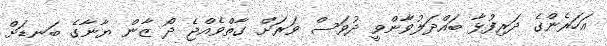
އަހަރެންގެ ދަރިފުޅާ ބައްދަލުވާންވީ ދުވަސް ވަރަށް ގާތްވެއްޖެ ދޯ ޒާން ޔާނާގެ ބަނޑަށް